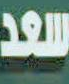
سعد